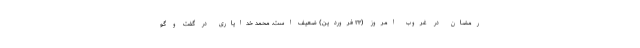
رمضان در غروب امروز (۲۳ فروردین) ضعیف است. محمد خدایاری در گفت و گو